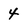
Character: 4